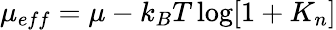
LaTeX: \mu_{eff}=\mu-k_{B}T\log[1+K_{n}]